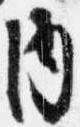
内